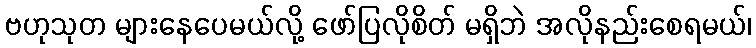
ဗဟုသုတ များနေပေမယ်လို့ ဖော်ပြလိုစိတ် မရှိဘဲ အလိုနည်းစေရမယ်၊